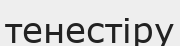
тенестіру